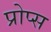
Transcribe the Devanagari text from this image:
प्रोप्स